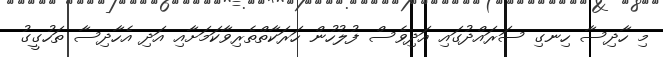
މި ހާދިސާ ހިނގި ސަރައްދުގައި އަދިވެސް ފުލުހުން ހަރަކާތްތެރިވާކަމަށާއި އަދި އެހާދިސާ ތަހުގީގު